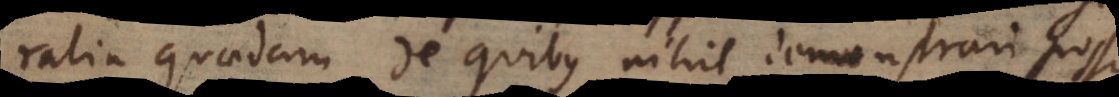
ralia quaedam de quibus nihil demonstrari possit